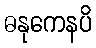
ဓနုကေနပိ